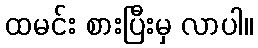
ထမင်း စားပြီးမှ လာပါ။